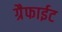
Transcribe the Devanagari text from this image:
ग्रैफाईट